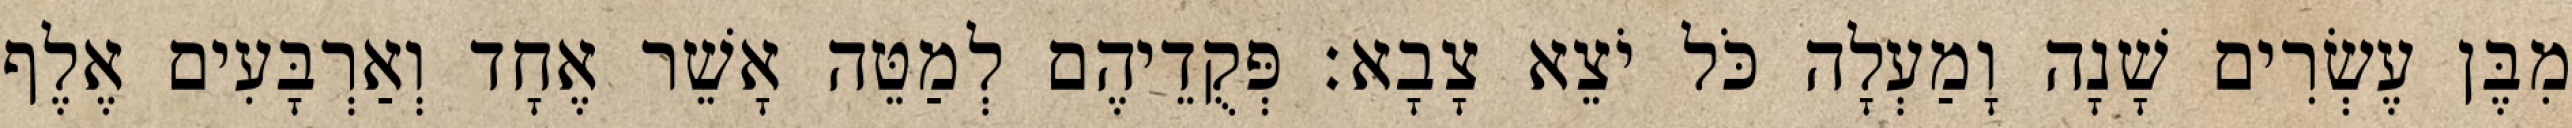
מִבֶּן עֶשְׂרִים שָׁנָה וָמַעְלָה כֹּל יֹצֵא צָבָא׃ פְּקֻדֵיהֶם לְמַטֵּה אָשֵׁר אֶחָד וְאַרְבָּעִים אֶלֶף